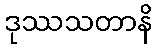
ဒုဿသတာနိ